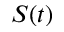
S ( t )